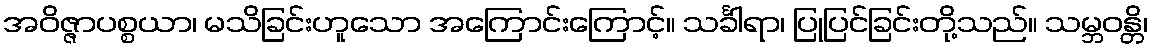
အဝိဇ္ဇာပစ္စယာ၊ မသိခြင်းဟူသော အကြောင်းကြောင့်။ သင်္ခါရာ၊ ပြုပြင်ခြင်းတို့သည်။ သမ္ဘဝန္တိ၊